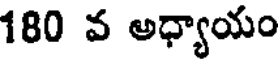
180 వ అధ్యాయం